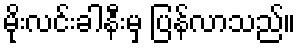
မိုးလင်းခါနီးမှ ပြန်လာသည်။